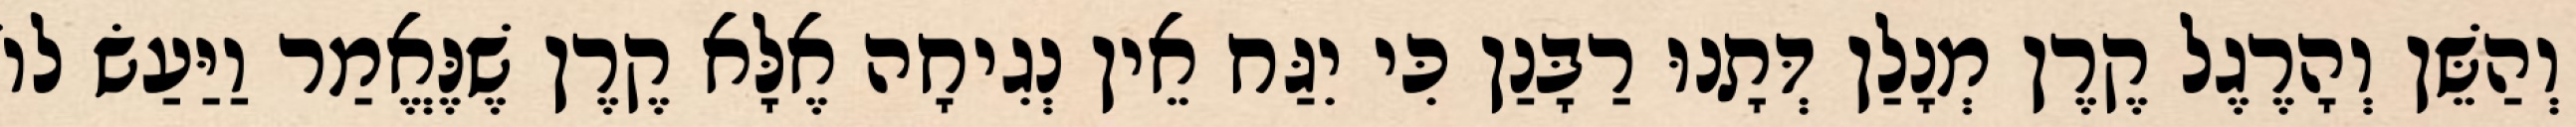
וְהַשֵּׁן וְהָרֶגֶל קֶרֶן מְנָלַן דְּתָנוּ רַבָּנַן כִּי יִגַּח אֵין נְגִיחָה אֶלָּא קֶרֶן שֶׁנֶּאֱמַר וַיַּעַשׂ לוֹ